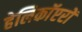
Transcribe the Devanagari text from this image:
हेलिकाॅप्टरों